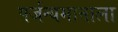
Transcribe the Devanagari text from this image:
पर्जन्यमानाला